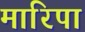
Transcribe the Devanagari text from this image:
मारिपा